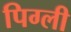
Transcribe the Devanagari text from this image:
पिग्ली